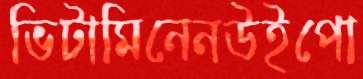
ভিটামিনেনউইপো